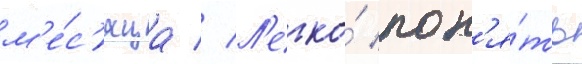
м'е́с'яца // Л'егко́ пон'я́ть